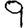
Digit: 9